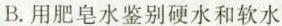
B.用肥皂水鉴别硬水和软水